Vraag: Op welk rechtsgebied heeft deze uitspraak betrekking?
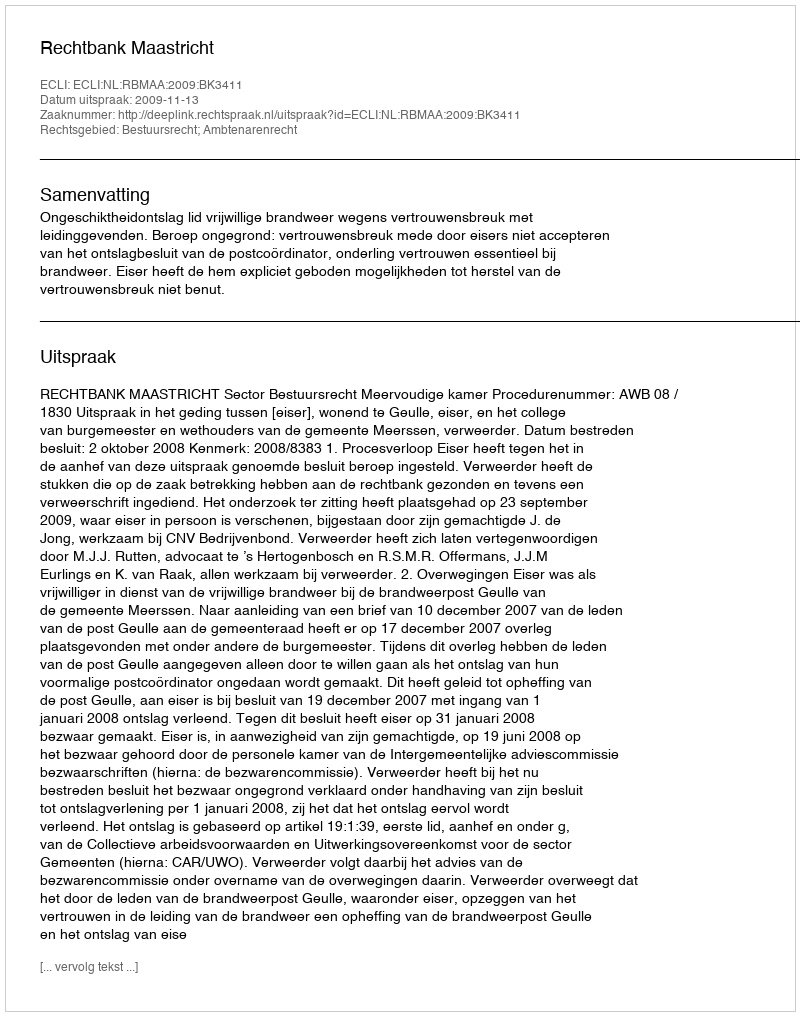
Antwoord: Bestuursrecht; Ambtenarenrecht